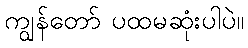
ကျွန်တော် ပထမဆုံးပါပဲ။